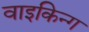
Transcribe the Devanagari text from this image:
वाइकिन्ग